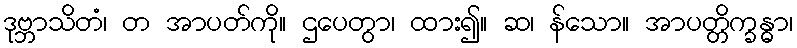
ဒုဗ္ဘာသိတံ၊ တ အာပတ်ကို။ ဌပေတွာ၊ ထား၍။ ဆ၊ န်သော။ အာပတ္တိက္ခန္ဓာ၊